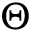
\Theta